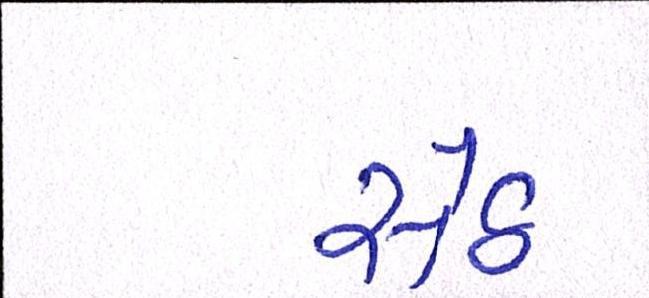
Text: સેઠ